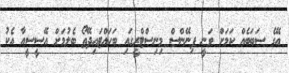
އޭގެ ސަބަބެއް ކަމަށް ވަނީ ފިނޭންސް މިނިސްޓްރީގައި ބަހައްޓައިދޭތޯ ބެލުމަށް އޭސީސީއާ އެކު